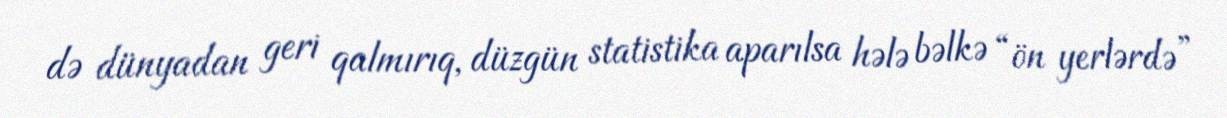
də dünyadan geri qalmırıq, düzgün statistika aparılsa hələ bəlkə “ön yerlərdə”